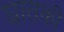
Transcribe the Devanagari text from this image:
घातकी